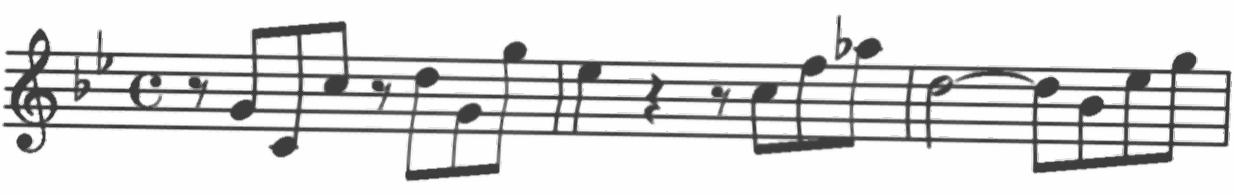
Transcription: clef-G2 keySignature-BbM timeSignature-C rest-eighth note-G4_eighth note-C4_eighth note-C5_eighth rest-eighth note-D5_eighth note-G4_eighth note-G5_eighth barline note-Eb5_quarter rest-quarter rest-eighth note-C5_eighth note-F5_eighth note-Ab5_eighth barline note-D5_half tie note-D5_eighth note-Bb4_eighth note-Eb5_eighth note-G5_eighth barline